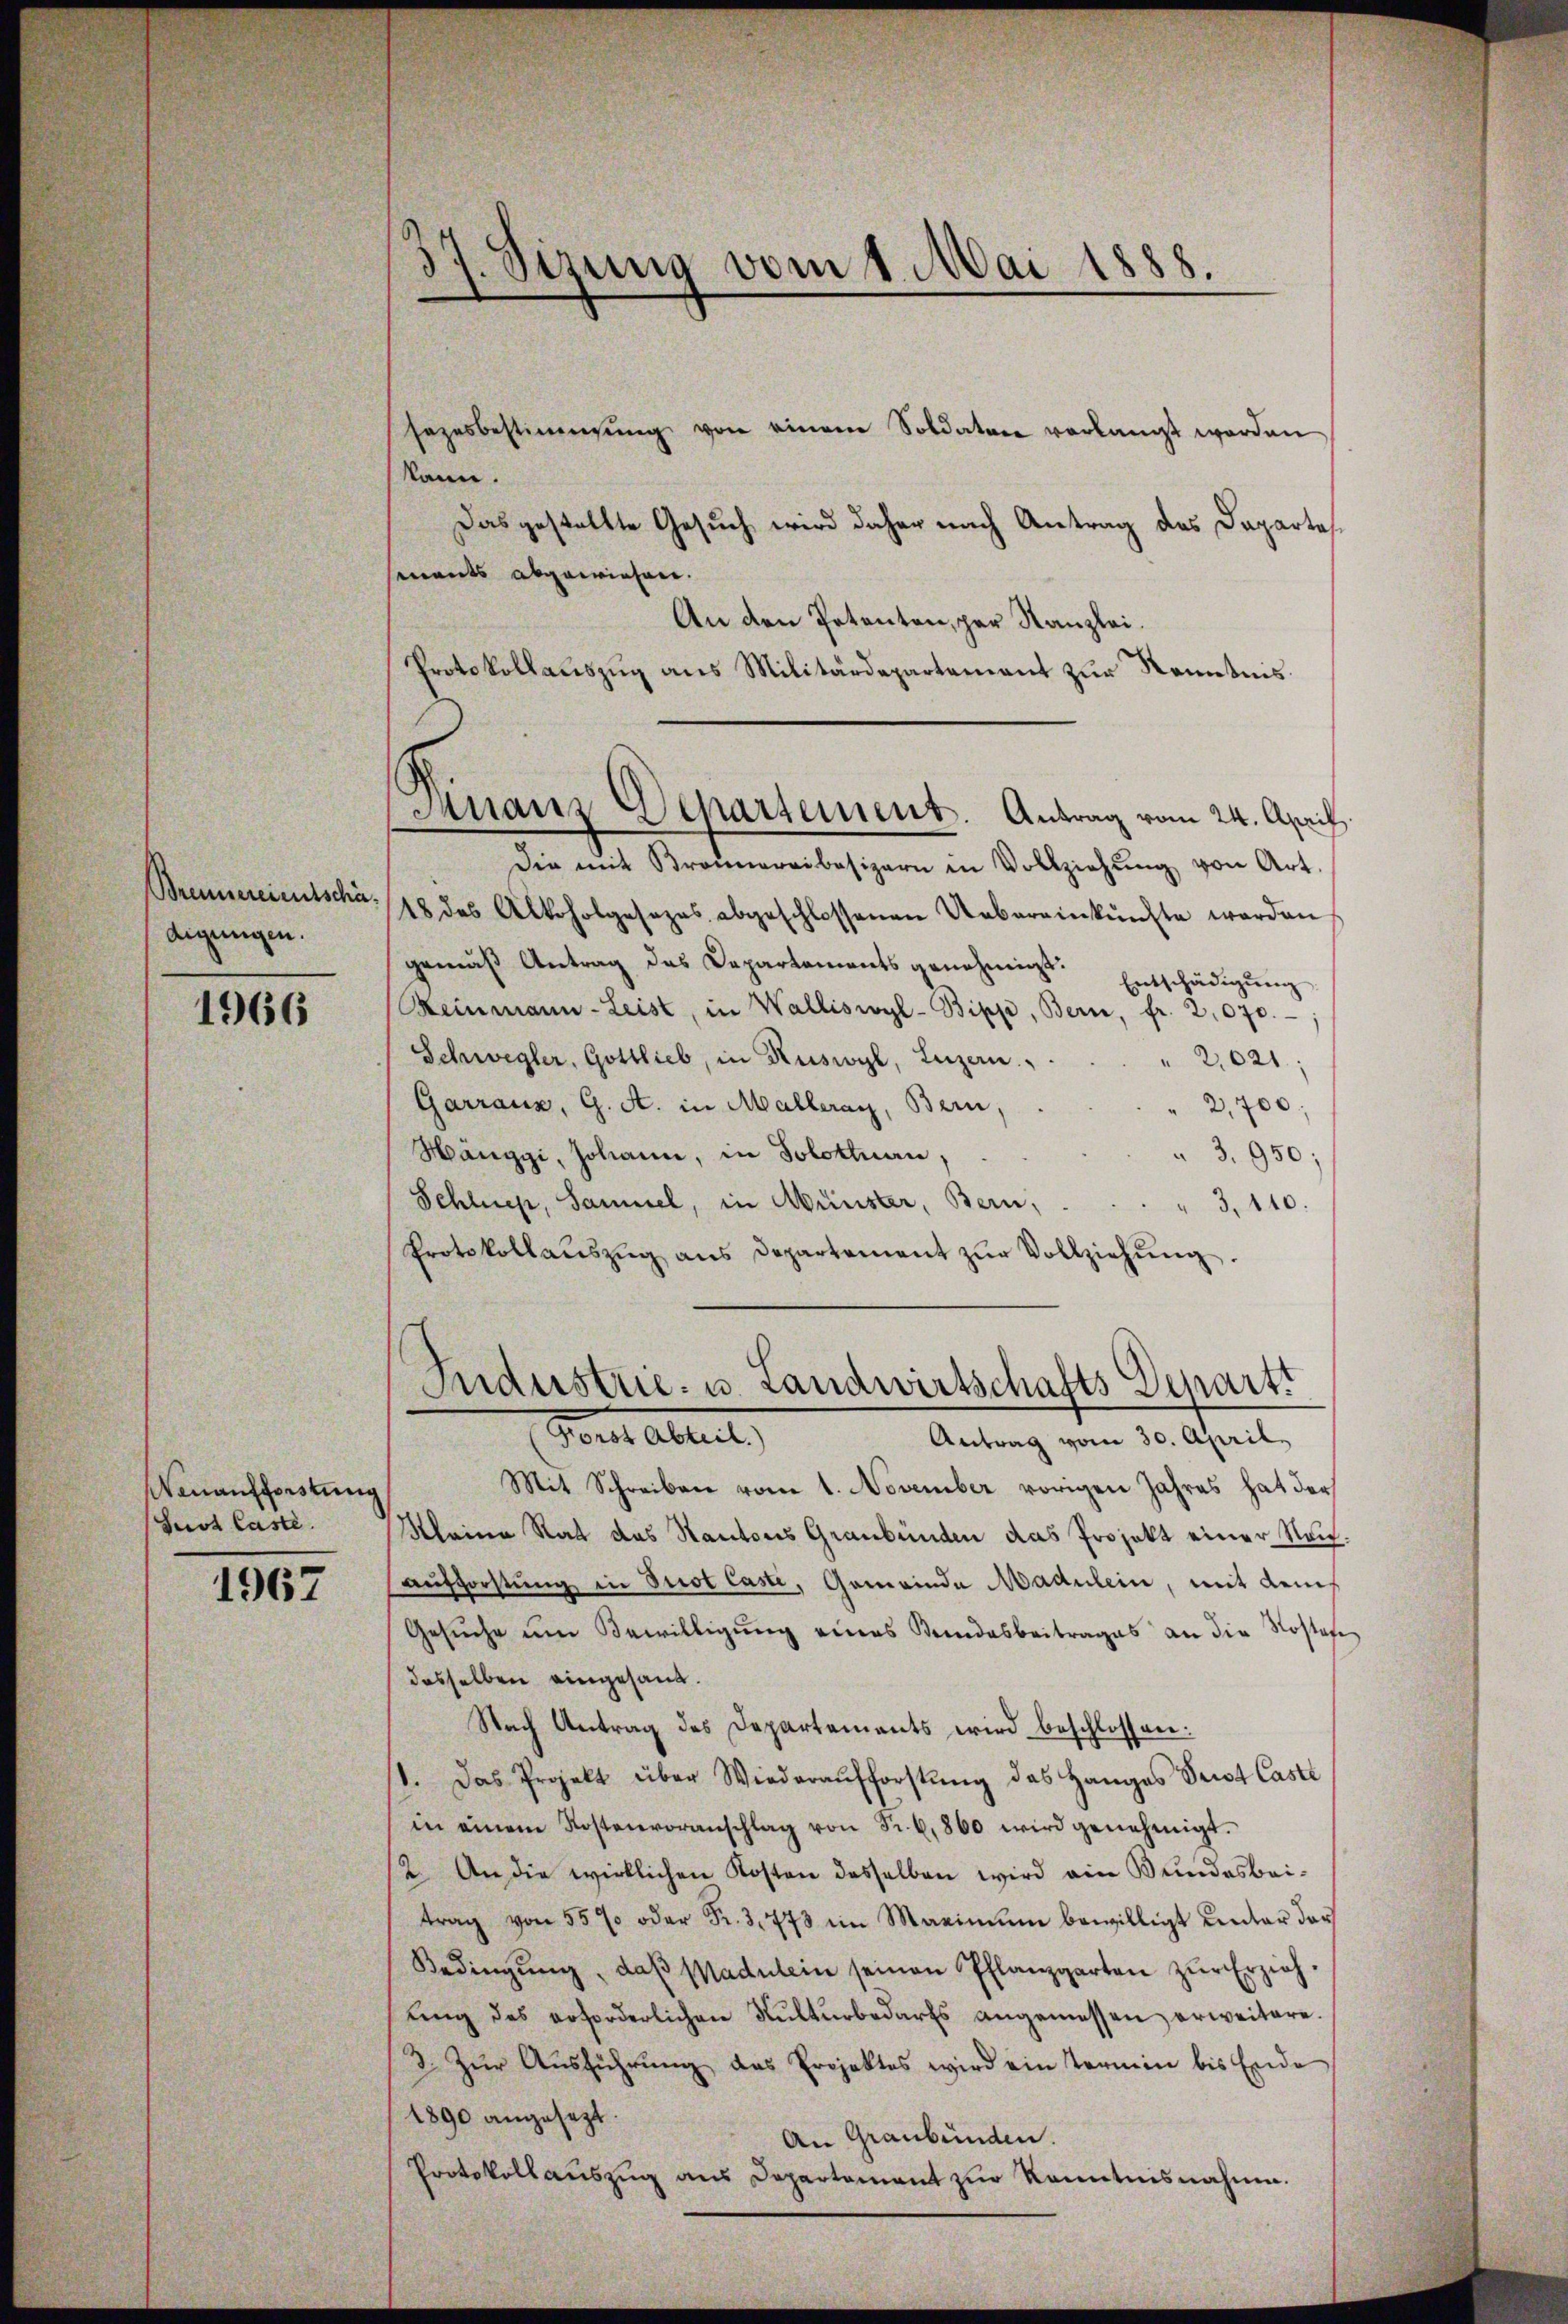
Brennereientschädigungen.

1966

Nenaufforstung
Jus Caste

1967

37. Sizung vom 1. Mai 1888.

sazesbestimmung von einem Soldaten verlangt worden
kann.
Das gestellte Gesuch wird daher nach Antrag des Daparte
mants abgewiesen.
An den Petenten, par Kanzlei.
Protokollauszug aus Militärdepartement zur Kenntnis.
Die mit Bronnereibesizern in Vollziehŭng von Art.
18 des Alkoholgesezes abgeschlossenen Uebereinkünfte werden
gemäβ Antrag des Departements genehmigt. Entschädigŭng
Keinmann - Leist, in Walliswyl-Bipp, Bern, fr. 2070.
Schwegler, Gottlieb, in Ruswyl, Luzern,
2,021.
Garraus, G. A. in Malleray, Bern,
2,700.
Hänggi, Johann, in Solottuan,
3. 950;
Schluep, Samuel, in Münster, Bern,
3,440.
Protokollaŭszŭg ans Departement zŭr Vollziehŭng.
Industrie- u. Landwirtschafts Genart
Peut. Allert,
Antrag vom 30. April.
Mit Schreiben vom 1. November vorigen Jahres hat der
Kleine Rat das Kantons Graubünden das Projekt einer Neuaufforstung in Prot Casti, Gemeinde Madulein, mit dem
Gesŭche ŭm Bewilligŭng eines Kindesbeitrages an die Kosten
dasselben eingesand.
Nach Antrag des Departements wird beschlossen:
/. Das Projekt über Wiederaŭfforstŭng das Hanges Seit Caste
in einem Kostenvoranschlag von Fr. 6, 860 wird genehmigt.
(2. An die wirklichen Kosten desselben wird ein Bundesbeitrag von 55% oder Fr. 3.773 im Maximŭm bewilligt unter dar
Bedingŭng, daβ Madulein seinen Pflanzgarten zŭr Erzieh-
ŭng des erforderlichen Kulturbedarfs angemessen erweitere.
3. Zŭr Aŭsführŭng das Projektes wird ein Termin bis Ende
1890 angesezt.
An Graubünden.
Protokollauszug aus Departement zur Kenntnisnahme.

Ananz Departement. Antrag vom 24. April.